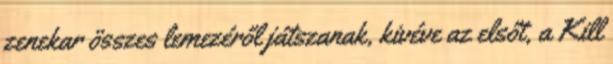
zenekar összes lemezéről játszanak, kivéve az elsőt, a Kill